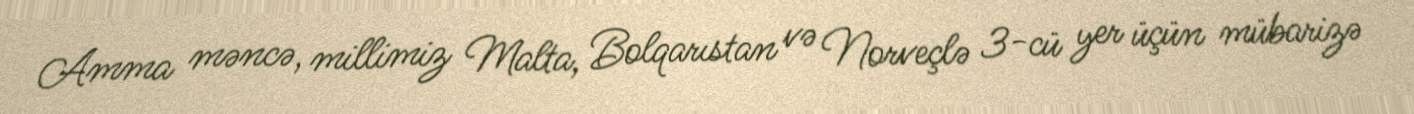
Amma məncə, millimiz Malta, Bolqarıstan və Norveçlə 3-cü yer üçün mübarizə